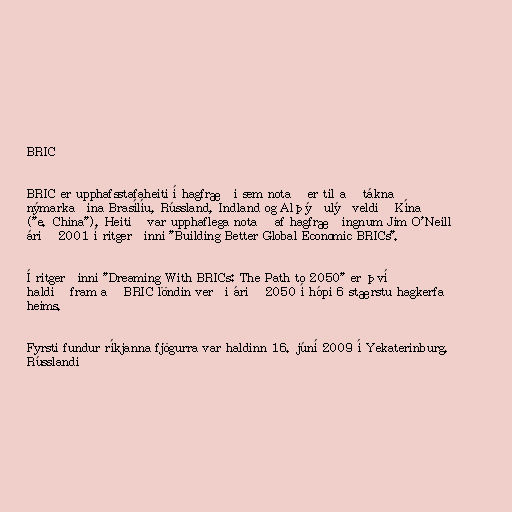
BRIC

BRIC er upphafsstafaheiti í hagfræði sem notað er til að tákna
nýmarkaðina Brasílíu, Rússland, Indland og Alþýðulýðveldið Kína
("e. China"). Heitið var upphaflega notað af hagfræðingnum Jim O'Neill
árið 2001 í ritgerðinni "Building Better Global Economic BRICs".

Í ritgerðinni "Dreaming With BRICs: The Path to 2050" er því
haldið fram að BRIC löndin verði árið 2050 í hópi 6 stærstu hagkerfa
heims.

Fyrsti fundur ríkjanna fjögurra var haldinn 16. júní 2009 í Yekaterinburg,
Rússlandi